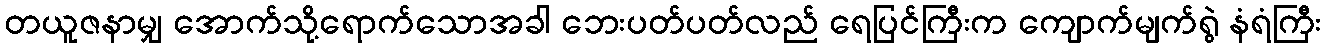
တယူဇနာမျှ အောက်သို့ရောက်သောအခါ ဘေးပတ်ပတ်လည် ရေပြင်ကြီးက ကျောက်မျက်ရွဲ နံရံကြီး